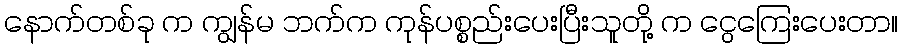
နောက်တစ်ခု က ကျွန်မ ဘက်က ကုန်ပစ္စည်းပေးပြီးသူတို့ က ငွေကြေးပေးတာ။